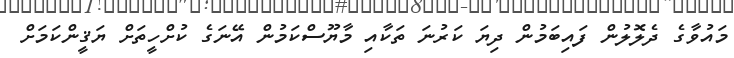
މައުވާގެ ދެލޮލުން ފައިބަމުން ދިޔަ ކަރުނަ ތަކާއި މާޔޫސްކަމުން އޭނަގެ ކުށްހީތަށް ޔަޤީންކަމަށް